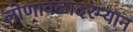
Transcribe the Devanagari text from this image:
लोणावळादरम्यान